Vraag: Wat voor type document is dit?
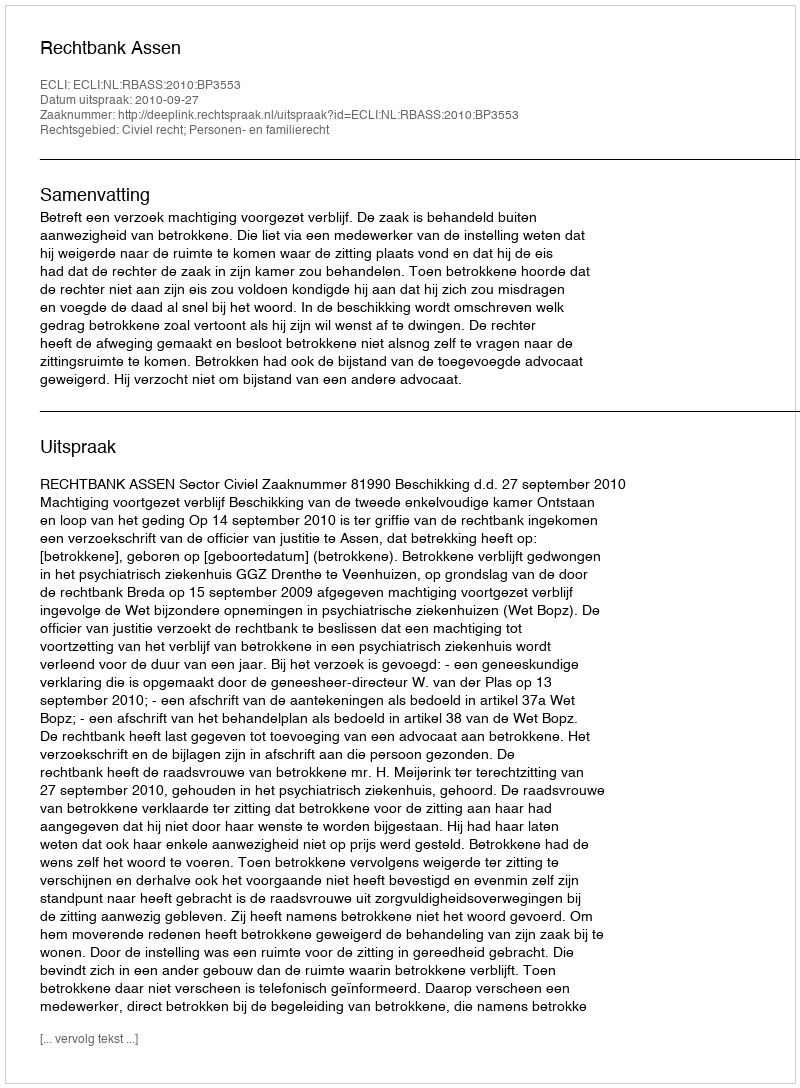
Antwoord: Uitspraak